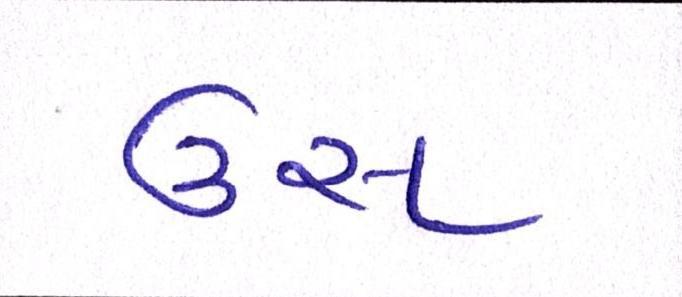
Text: ઉસ